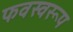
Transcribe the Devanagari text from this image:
फवस्वरूप